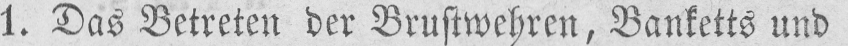
1. Das Betreten der Brustwehren, Banketts und